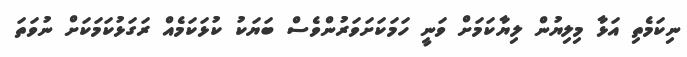
ނިކަމެތި އަޅާ މިލިޔުން ލިޔާކަމަށް ވަނީ ހަމަކަށަވަރުންވެސް ބަޔަކު ކުޅަކަމެއް ރަގަޅުކަމަކަށް ނުވަތަ